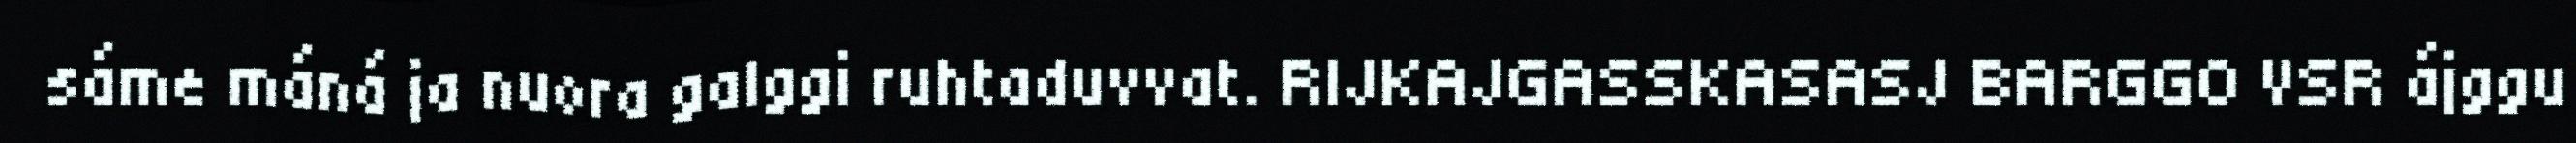
sáme máná ja nuora galggi ruhtaduvvat. RIJKAJGASSKASASJ BARGGO VSR ájggu